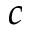
c